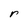
Character: r